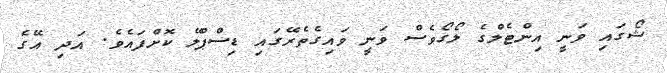
ޝޯގައި ވަނީ އިންޓެލްގެ ލޯގޯވެސް ވަނީ ވައިގެތެރޭގައި ޑިސްޕްލޭ ކޮށްފައެވެ. އަދި އޭގެ